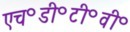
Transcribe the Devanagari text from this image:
एच॰डी॰टी॰वी॰